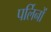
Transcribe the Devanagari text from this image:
पर्लिनों